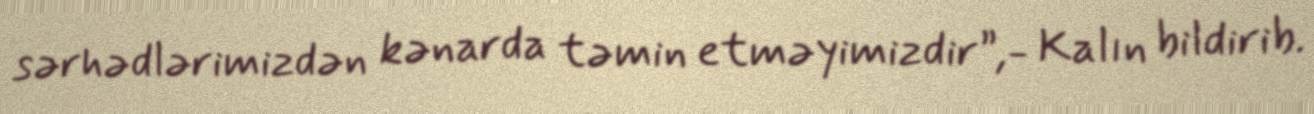
sərhədlərimizdən kənarda təmin etməyimizdir”,- Kalın bildirib.